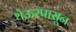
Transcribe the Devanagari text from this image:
थेऊरपासून